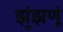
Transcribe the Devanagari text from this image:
झूंझणूं